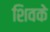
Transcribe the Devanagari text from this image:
शिवके